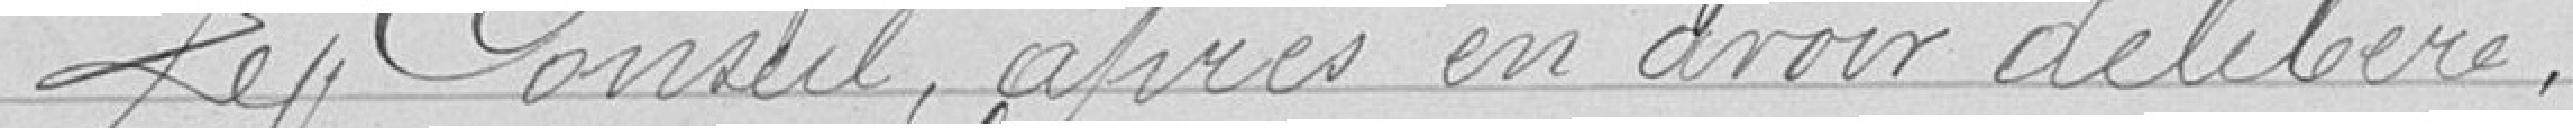
Le Conseil, après en avoir délibéré,